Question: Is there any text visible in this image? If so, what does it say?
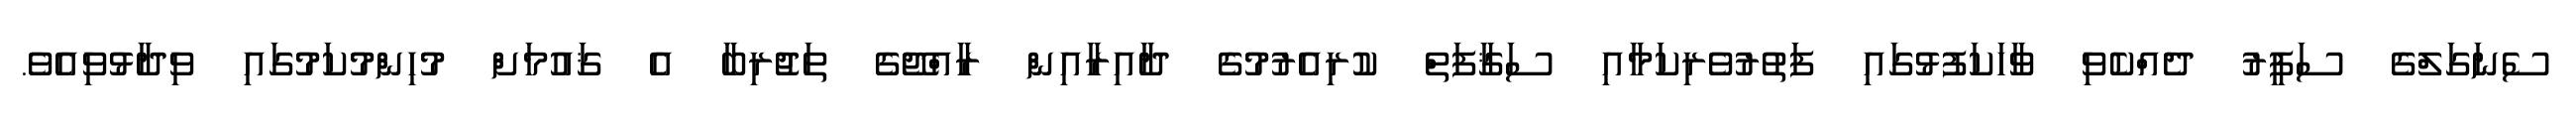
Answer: ސެނަގަލްގެ ސަފީރު ދެއްކެވި ވާހަކަފުޅުގައި ފަތުރުވެރިކަމާއި ސަޤާފަތް ކުރިއެރުމުގެ ދާއިރާއިން ރާއްޖޭގެ ތަޖުރިބާ އެ ޤައުމަށް މުހިންމުކަމުގައި ވިދާޅުވިއެވެ.